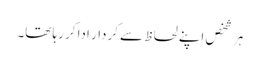
ہر شخص اپنے لحاظ سے کردار ادا کر رہا تھا۔